Annual report on the working of the lock hospitals in the Central Provinces
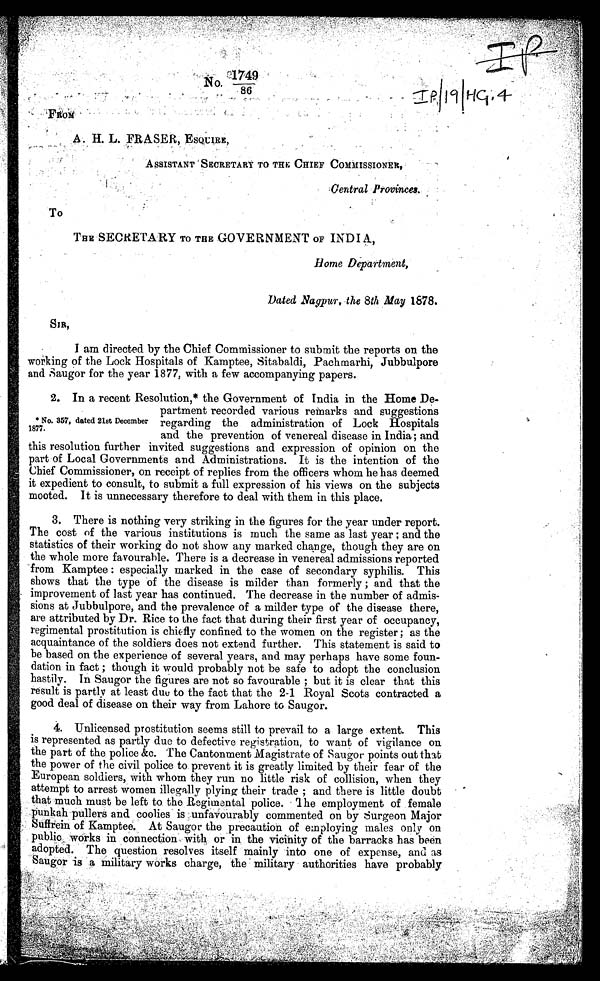
No. 1749
86
-
II I Fig
A. H. L. FRASER, ESQUIRE,
ASSISTANT SECRETARY TO THE CHIEF COMMISSIONER,
Central Provinces.
To
THE SECRETARY To THE GOVERNMENT OF INDI
Borne Department,
Dated Nagpur, the 8th May 1878.
SIR,
I am directed by the Chief Commissioner to submit the reports on the
working of the Lock Hospitals of Kamptee, Sitabaldi, Pachmarhi, Jubbulpore
and Saugor for the year 1877, with a few accompanying papers.
2. In a recent Resolution,* the Government of India in the Home De-
partment recorded various remarks and suggestions
regarding the administration of Lock Hospitals
and the prevention of venereal disease in India; and
this resolution further invited suggestions and expression of opinion on the
part of Local Governments and Administrations. It is the intention of the
Chief Commissioner, on receipt of replies from the officers whom he has deemed
it expedient to consult, to submit a full expression of his views on the subjects
mooted. It is unnecessary therefore to deal with them in this place.
3.
There is nothing very striking in the figures for the year under report.
The cost of the various institutions is much the same as last year ; and the
statistics of their working do not show any marked change, though they are on
the whole more favourable. There is a decrease in venereal admissions reported
from Kamptee : especially marked in the case of secondary syphilis. This
shows that the type of the disease is milder than formerly ; and that the
improvement of last year has continued. The decrease in the number of admis-
sions at Jubbulpore, and the prevalence of a milder type of the disease there,
are attributed by Dr. Rice to the fact that during their first year of occupancy,
regimental prostitution is chiefly confined to the women on the register ; as the
acquaintance of the soldiers does not extend further. This statement is said to
be based on the experience of several years, and may perhaps have some foun-
dation in fact ; though it would probably not be safe to adopt the conclusion
hastily. In Saugor the figures are not so favourable ; but it is clear that this
result is partly at least due to the fact that the 2-1 Royal Scots contracted a
good deal of disease on their way from Lahore to Saugor.
4.
Unlicensed prostitution seems still to prevail to a large extent. This
is represented as partly due to defective registration, to want of vigilance on
the part of the police &c. The Cantonment Magistrate of Saugor points out that
the power of the civil police to prevent it is greatly limited by their fear of the
European soldiers, with whom they run no little risk of collision, when they
attempt to arrest women illegally plying their trade ; and there is little doubt
that -much must be left to the .Regimental police. The employment of female
punkah pullers and coolies is unfavourably commented on by Surgeon Major
Suffrein of Kamptee. At Saugor the precaution of employing males only on
public works in connection with or in the vicinity of the barracks has been
adopted. The question resolves itself mainly into one of expense, and as
Saugor is a military works charge, the military authorities have probably
*No. 357, dated 21st December
1877.